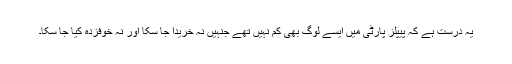
یہ درست ہے کہ پیپلز پارٹی میں ایسے لوگ بھی کم نہیں تھے جنہیں نہ خریدا جا سکا اور نہ خوفزدہ کیا جا سکا۔